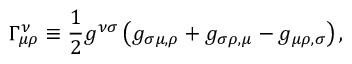
\Gamma _ { \mu \rho } ^ { \nu } \equiv { \frac { 1 } { 2 } } g ^ { \nu \sigma } \left( g _ { \sigma \mu , \rho } + g _ { \sigma \rho , \mu } - g _ { \mu \rho , \sigma } \right) ,